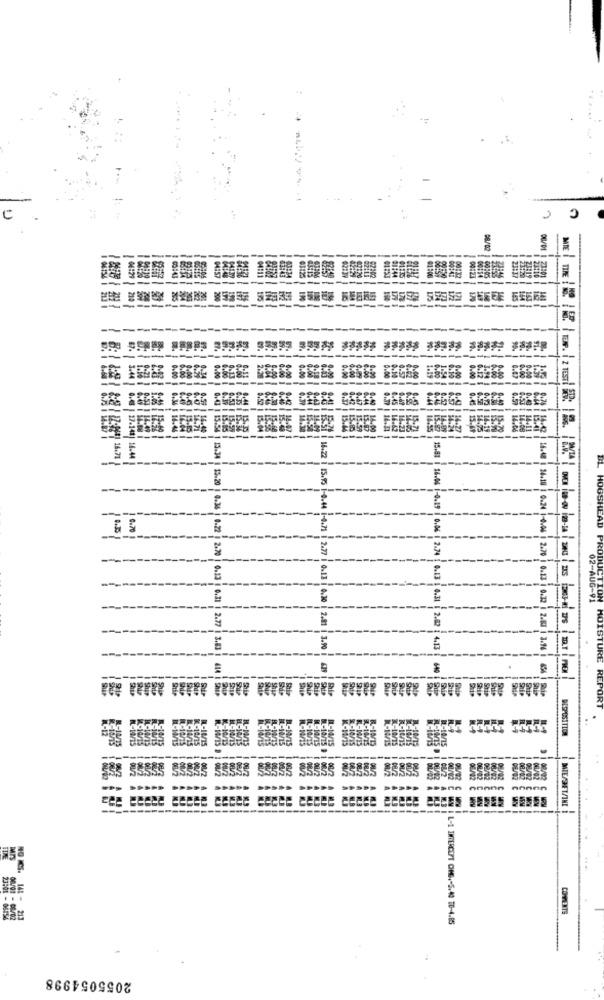
08/02
IMTE
------
141| 16.44
----
6.70
5.SI ( 16.22 1 15.95 1-0.44 1-0.75 | 2.27 | 0.13 1 0.30
15.81 | 16.06 1-0.19 | 0.06 | 2.74 1 0.13 5 0.31
02-AUG-91
HOGSHEAD PRODUCTION
2.82
634 1 13.34 | 15.20 1 0.36 | 0.22 | 2.70 0.13 | 0.31 | 2.77 3.83
1 2.81 | 3.90
14.13
18.48 14.18 0.24 1-0.06 | 2.70 | 0.13 0.32 | 2.80 3.16
414
440
imALT i nO
MOISTURE REP
DISPOSITION
888
COMMENTS
L-1 INTERCEPT CIMG .- 5.40 10-4.85
2055054998